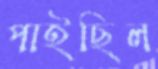
পাইছিল